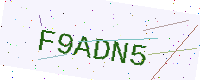
Text: F9ADN5